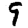
Digit: 9